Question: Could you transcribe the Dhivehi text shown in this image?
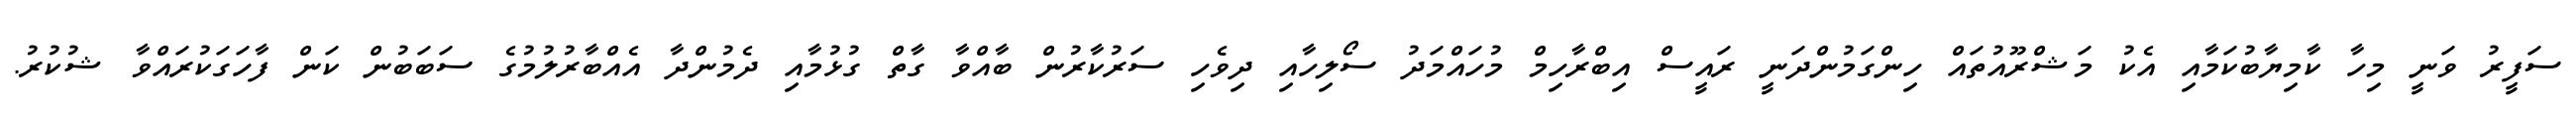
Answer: ސަފީރު ވަނީ މިހާ ކާމިޔާބުކަމާއި އެކު މަޝްރޫއުތައް ހިންގަމުންދަނީ ރައީސް އިބްރާހިމް މުހައްމަދު ސޯލިހާއި ދިވެހި ސަރުކާރުން ބާއްވާ ގާތް ގުޅުމާއި ދެމުންދާ އެއްބާރުލުމުގެ ސަބަބުން ކަން ފާހަގަކުރައްވާ ޝުކުރު.